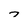
Character: 7